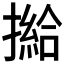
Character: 𢵰